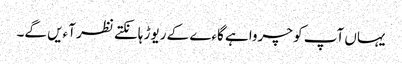
یہاں آپ کو چرواہے گاءے کے ریوڑ ہانکتے نظر آءیں گے۔